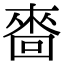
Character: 𠻮